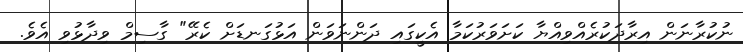
ނުކުރާނަން އިރާދަކުރެއްވިއްޔާ ކަށަވަރުކަމާ އެކީގައި ދަންނަވަން އަޅުގަނޑަށް ކެރޭ" ގާސިމް ވިދާޅުވި އެވެ.